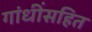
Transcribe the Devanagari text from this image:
गांधींसहित